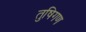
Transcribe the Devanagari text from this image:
तुषिगण